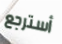
أسترجع